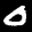
Label: 0